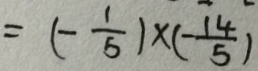
= ( - \frac { 1 } { 5 } ) \times ( - \frac { 1 4 } { 5 } )